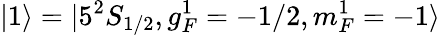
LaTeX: |1\rangle=|5^{2}S_{1/2},g_{F}^{1}=-1/2,m_{F}^{1}=-1\rangle